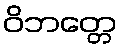
ဝိဘတ္တေ